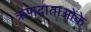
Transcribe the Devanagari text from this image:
ऋणदाताओंके